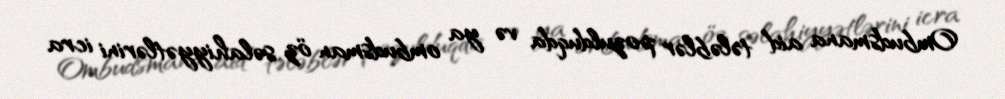
Ombudsmana aid tələblər pozulduqda və ya ombudsman öz səlahiyyətlərini icra